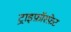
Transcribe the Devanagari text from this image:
ट्राइफ़ॉस्फ़ेट